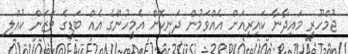
ޖުމްހޫރީ މައިދާނާ ކައިރިއަށް އެއްވަމުން ދަނިކޮށް އެމީހުންގެ އެއް ބަޑީގެ ވަޒަން ކުއްލި